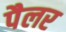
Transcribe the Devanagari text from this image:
पैलर